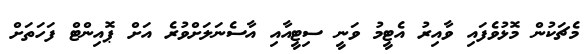
މެޗަކުން މޮޅުވެފައި ވާއިރު އެޓީމު ވަނީ ސިޓީއާއި އާސެނަލަށްވުރެ އަށް ޕޮއިންޓް ފަހަތަށް